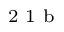
^ \textrm { \scriptsize 2 1 b }